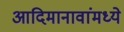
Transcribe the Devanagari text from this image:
आदिमानावांमध्ये